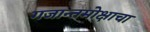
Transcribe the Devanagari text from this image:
गजान्तमोक्षाचा